Civil Veterinary Dept. Assam report 1911-1927 - 1911-1927
Year: 1911
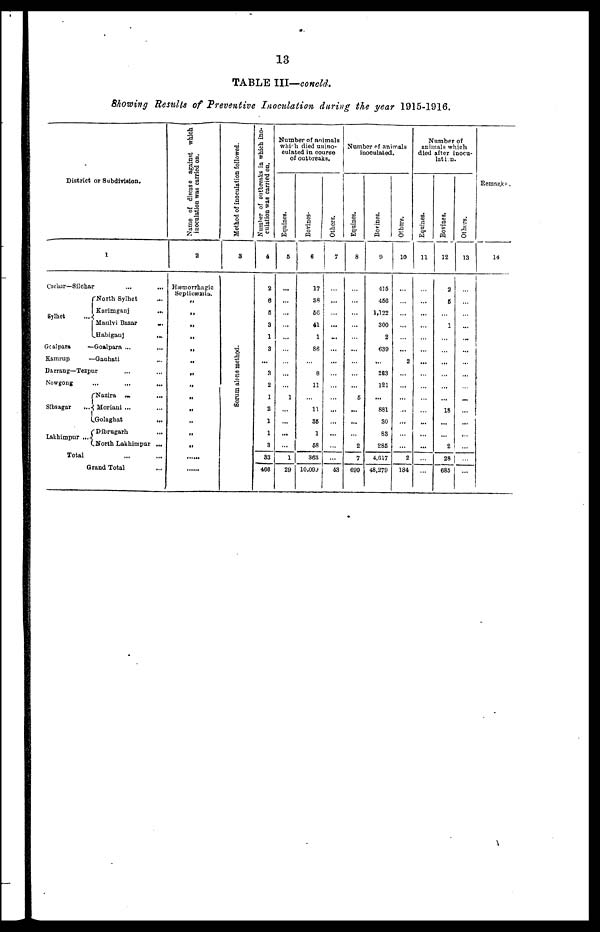
13
TABLE III—conoid.
Showing Results of Preventive Inoculation during the year 1915-1916.
District or Subdivision.
1
Cachar—Silchar ... ...
Sylhet
...
North Sylhet ...
Karimganj
...
Maulvi Bazar
...
Habiganj
...
Gcalpara
— Goalpara ... ...
Kamrup
—
Gauhati
Darrang—Tezpur ... ...
Nowgong
...
...
...
Sibsagar
...
Lakhimpur ...
Nazira
...
...
Moriani ... ...
Golaghat
...
Dibrugarh
...
North Lakhimpur ...
Total ... ...
Grand Total
Name of disease against which
inoculation was carried on.
2
Hæmorrhagic
Septicæmia.
„
„
„
„
„
„
„
„
„
„
Method of inoculation followed.
3
Serum alone method.
Number of outbreaks in which ino-
culation was carried on.
4
2
6
5
3
1
3
8
2
1
2
1
1
3
83
466
Number of animals
which died unino-
culated in course
of outbreaks,
Equines.
5
1
1
29
Bovines-
6
17
38
EC
41
1
86
8
11
11
36
1
68
363
10.099
Others.
7
...
...
...
...
...
43
Number of animals
inoculated.
Equines.
8
5
2
7
699
Bo vines.
9
415
466
1,122
300
2
639
283
121
...
881
30
83
285
4,617
48,279
Others.
10
2
2
184
Number of
animals which
died after inocu-
lation.
Equines.
11
...
...
...
...
...
Bovines.
12
2
6
1
...
18
...
2
28
685
Others.
13
...
...
...
...
...
...
...
...
...
Remarks.
14